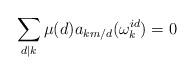
LaTeX: \begin{align*}\sum_{d \mid k}\mu(d) a_{km/d}(\omega^{id}_k) =0\end{align*}